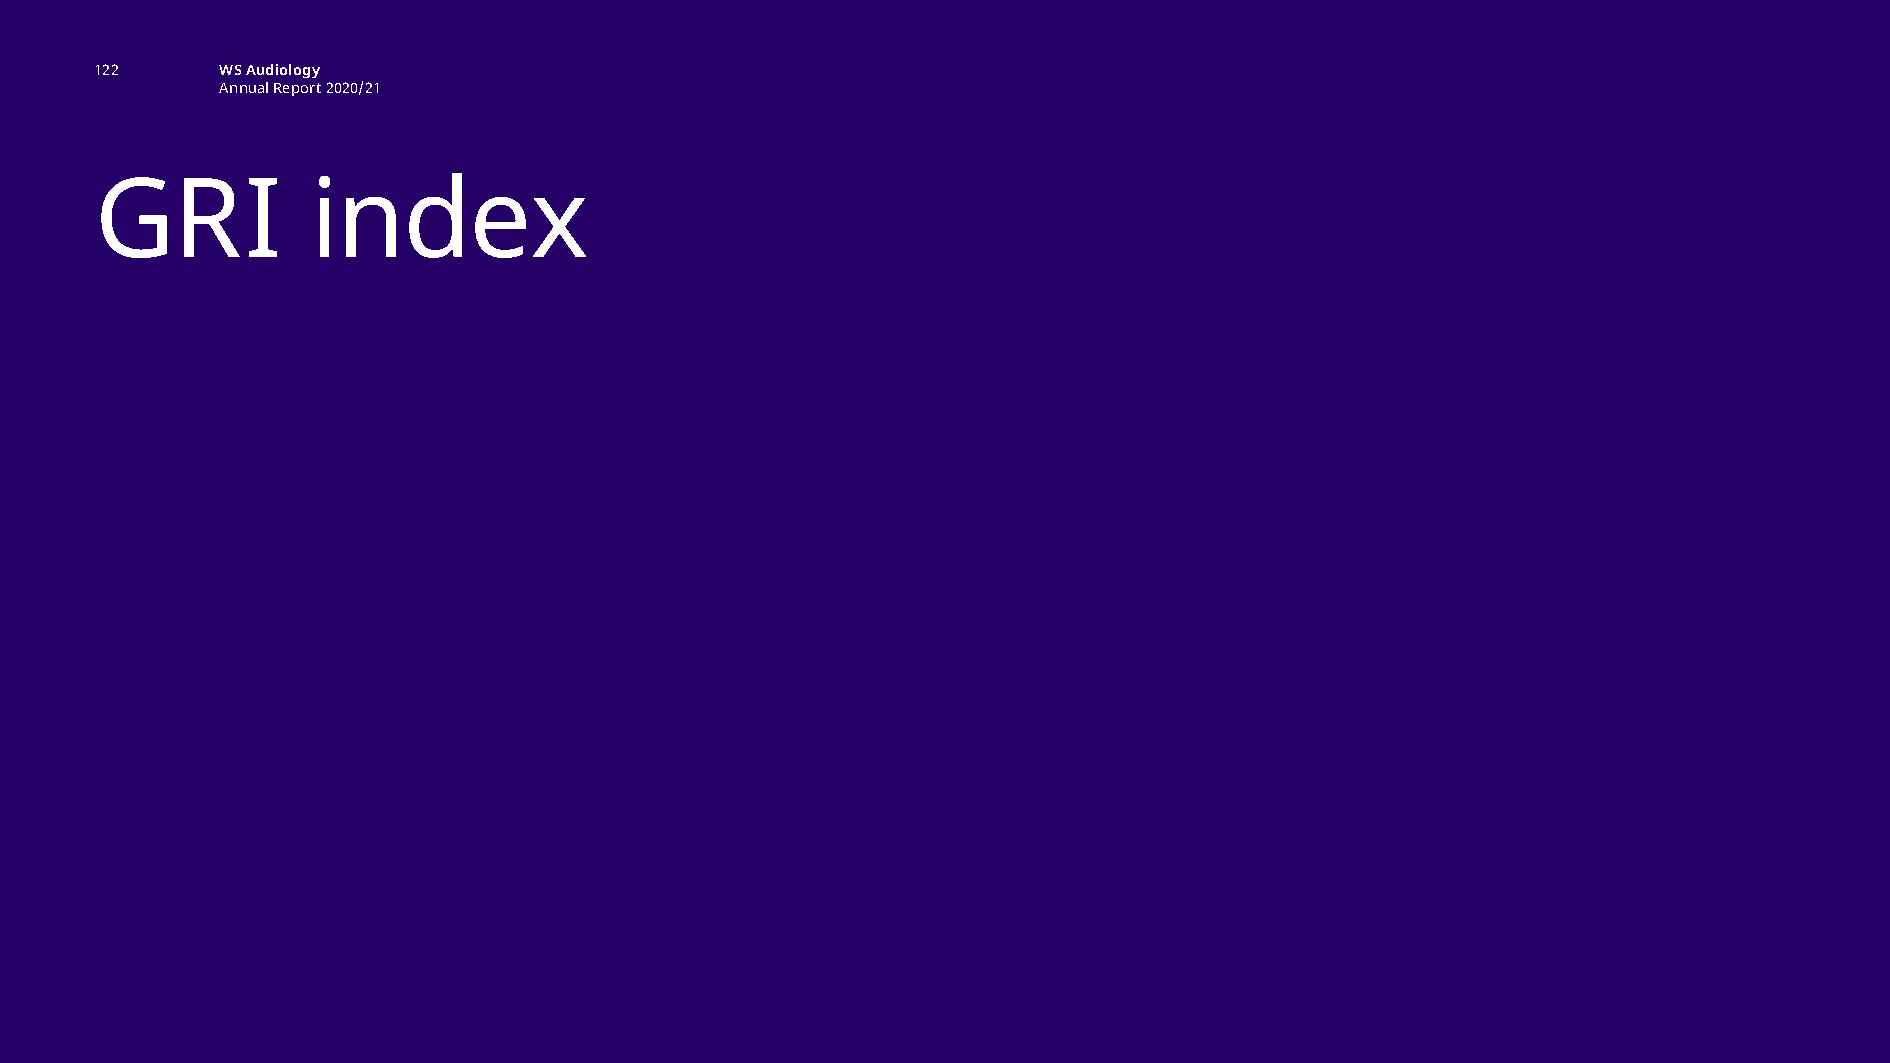
esg additional information
 122      WS Audiology
 Annual Report 2020/21
 GRI            index